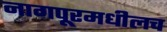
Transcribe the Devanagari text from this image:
नागपूरमधीलच